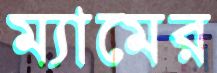
ম্যামের